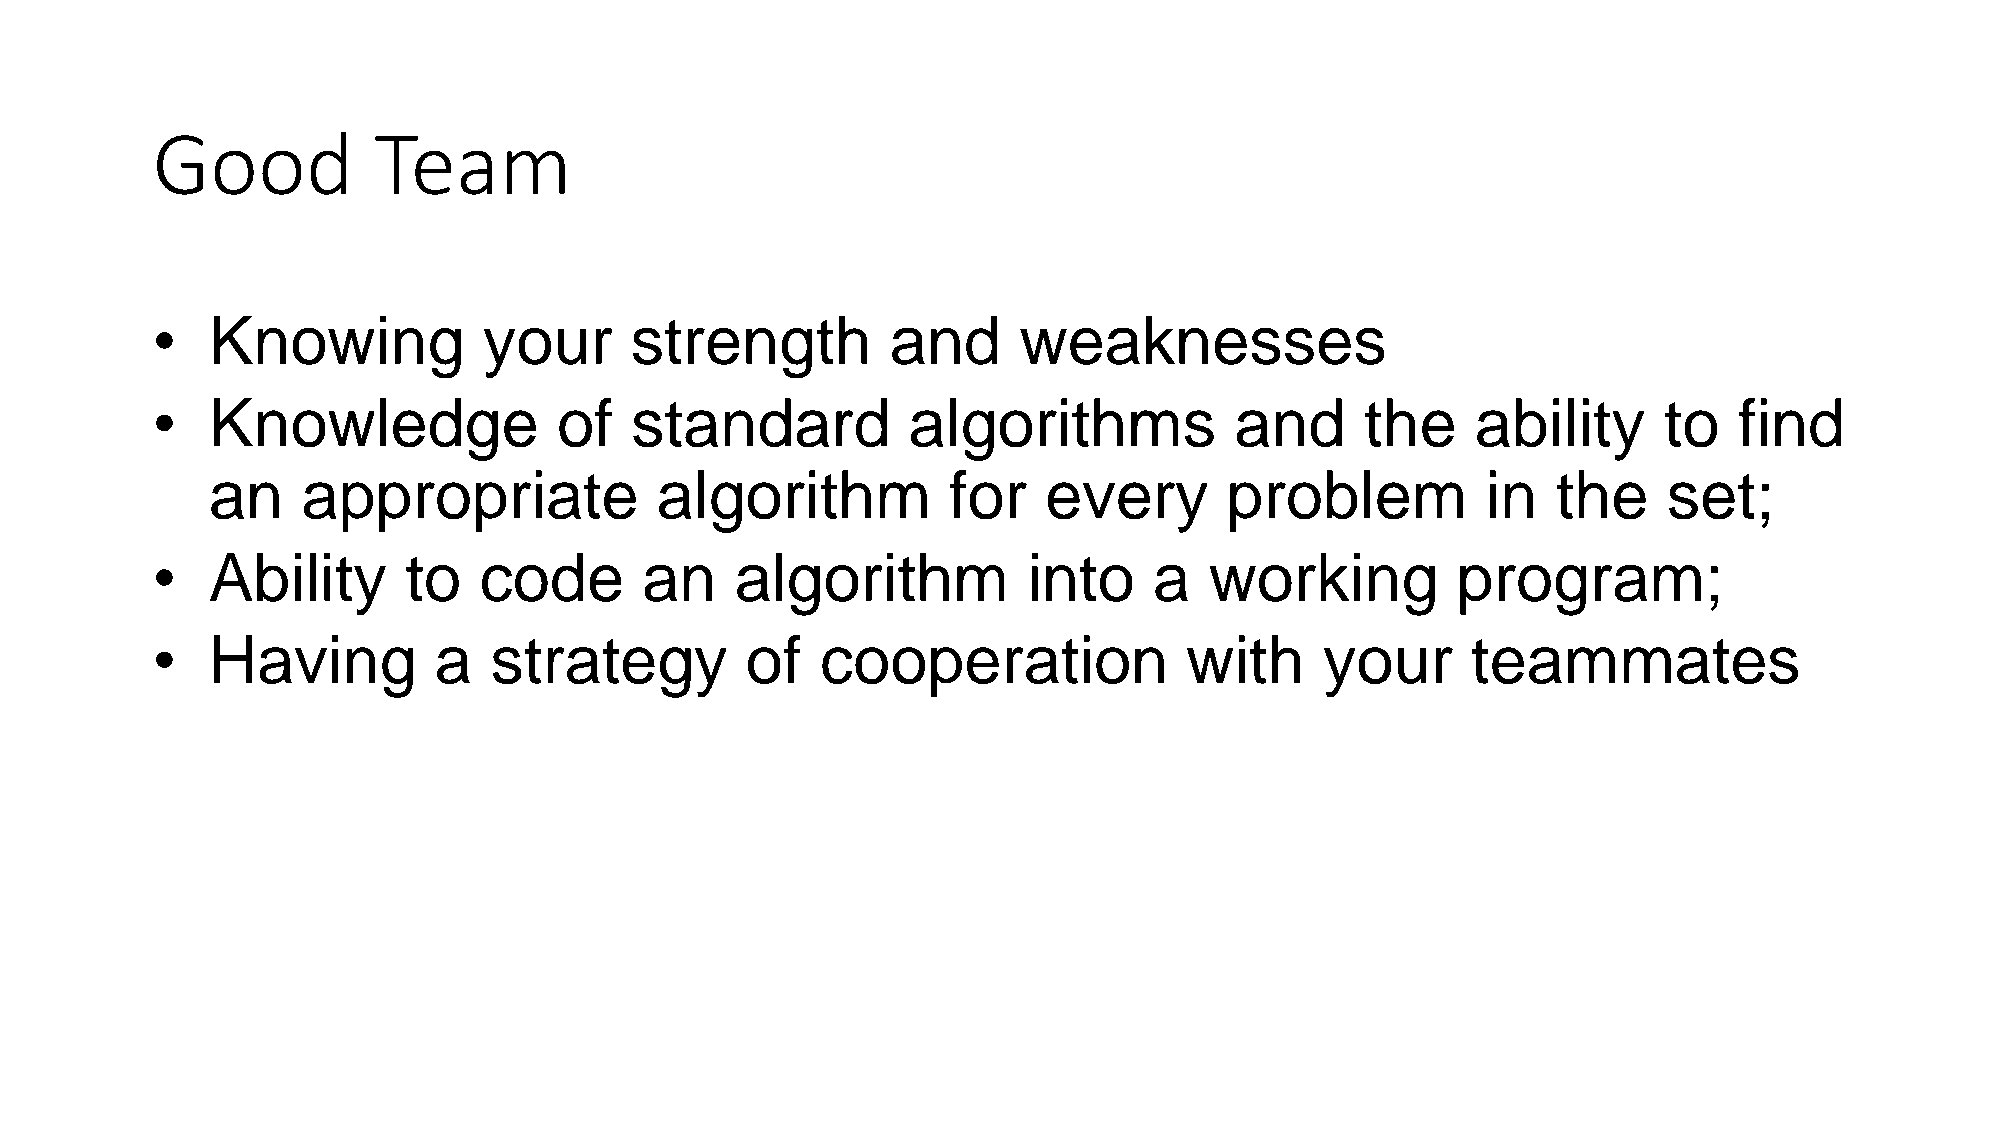
Good           Team
 •   Knowing           your      strength         and     weaknesses
 •   Knowledge              of   standard          algorithms            and     the     ability     to   find
 an    appropriate            algorithm           for   every       problem          in   the    set;
 •   Ability      to   code      an     algorithm          into    a   working         program;
 •   Having         a  strategy         of   cooperation             with      your     teammates